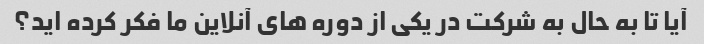
آیا تا به حال به شرکت در یکی از دوره های آنلاین ما فکر کرده اید؟